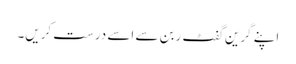
اپنے گرین گفٹ ربن سے اسے درست کریں۔